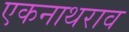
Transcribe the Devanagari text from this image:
एकनाथराव